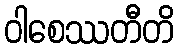
ဝါစေဿတီတိ